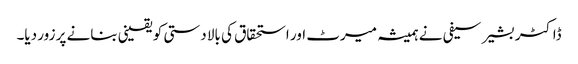
ڈاکٹر بشیر سیفی نے ہمیشہ میرٹ اور استحقاق کی بالا دستی کو یقینی بنانے پر زور دیا۔